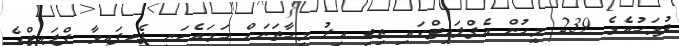
ދުވަހުއެވެ. 239 މީހުން އެފްލައިޓްގައި ތިބި އިރު މިހާތަނަށް ހަމައެކަނި ފެނިފައިވާ ފްލައިޓްގެ